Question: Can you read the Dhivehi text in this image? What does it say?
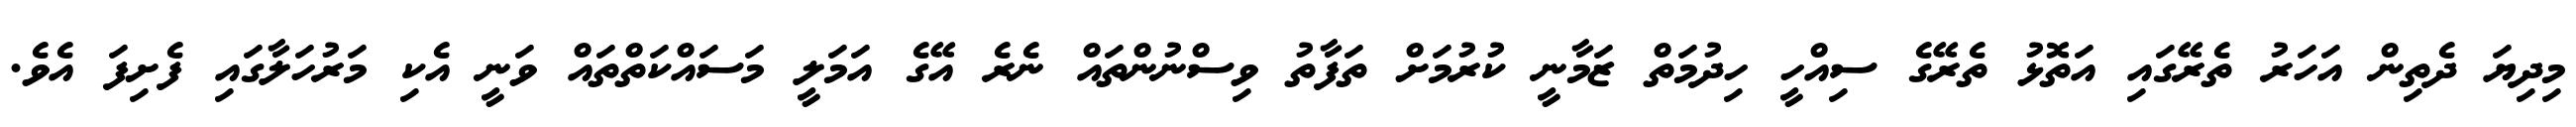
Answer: މިދިޔަ ދެތިން އަހަރު ތެރޭގައި އަތޮޅު ތެރޭގެ ސިއްހީ ހިދުމަތް ޒަމާނީ ކުރުމަށް ތަފާތު ވިސްނުންތައް ނެރެ އޭގެ އަމަލީ މަސައްކަތްތައް ވަނީ އެކި މަރުހަލާގައި ފެށިފަ އެވެ.